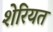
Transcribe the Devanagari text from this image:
शेरियत